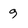
Character: g